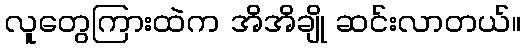
လူတွေကြားထဲက အိအိချို ဆင်းလာတယ်။